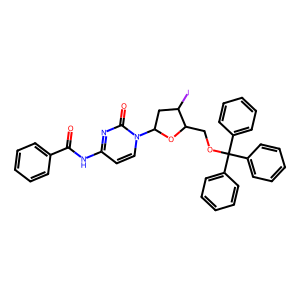
SMILES: O=C(Nc1ccn(C2CC(I)C(COC(c3ccccc3)(c3ccccc3)c3ccccc3)O2)c(=O)n1)c1ccccc1
Inhibits HIV replication: No